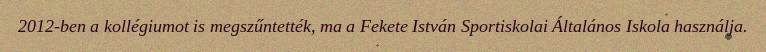
2012-ben a kollégiumot is megszűntették, ma a Fekete István Sportiskolai Általános Iskola használja.